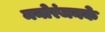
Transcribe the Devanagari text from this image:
मनोरंजनके